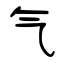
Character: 气